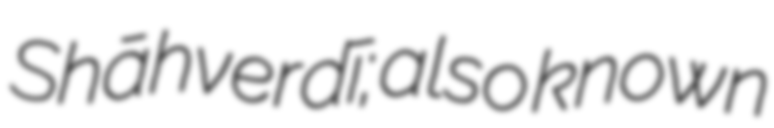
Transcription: Shāhverdī; also known